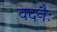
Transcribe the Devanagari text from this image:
वदनैः